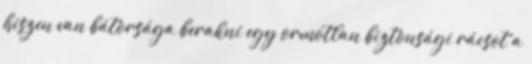
hiszen van bátorsága berakni egy ormótlan biztonsági rácsot a